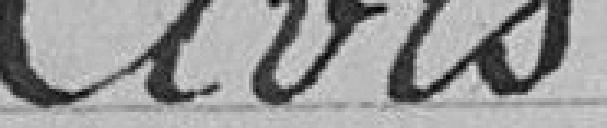
Avis